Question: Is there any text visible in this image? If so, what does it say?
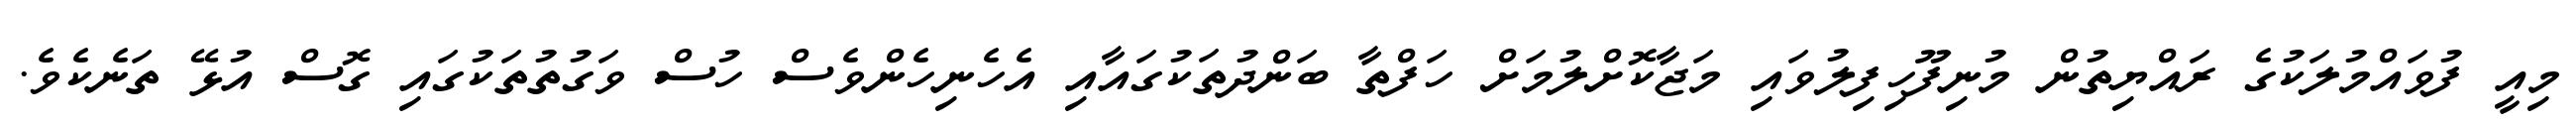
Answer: މިއީ ފުވައްމުލަކުގެ ރައްޔިތުން މުނިފޫހިފިލުވައި މަޖާކޮށްލުމަށް ހަފްތާ ބަންދުތަކުގައާއި އެހެނިހެންވެސް ހުސް ވަގުތުތަކުގައި ގޮސް އުޅޭ ތަނެކެވެ.